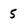
Character: 5